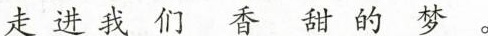
走进我们香甜的梦。